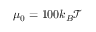
\mu _ { 0 } = 1 0 0 k _ { B } \mathcal { T }